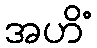
အဟိံ